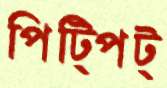
পিট্‌পিট্‌